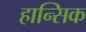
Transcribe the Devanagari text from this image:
हान्सिक